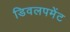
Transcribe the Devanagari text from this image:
डिवलपमेंट